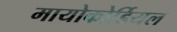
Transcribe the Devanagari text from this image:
मायोकोर्डियल